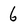
Character: 6